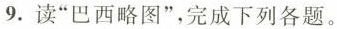
9.读”巴西略图”，完成下列各题。